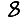
Digit: 8